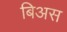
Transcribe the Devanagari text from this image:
बिअस